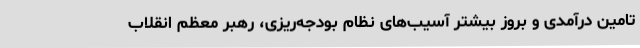
تامین درآمدی و بروز بیشتر آسیب‌های نظام بودجه‌ریزی، رهبر معظم انقلاب